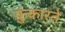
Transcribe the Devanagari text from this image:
फ़ुंकारते